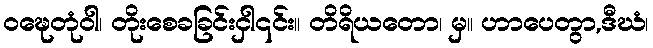
ဝဍ္ဎေတုံဝါ၊ တိုးစေခခြင်းငှါ၎င်း။ တိရိယတော၊ မှ။ ဟာပေတွာ,ဒီဃံ၊